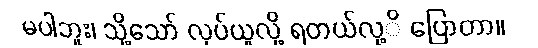
မပါဘူး၊ သို့သော် လုပ်ယူလို့ ရတယ်လု့ိ ပြောတာ။